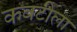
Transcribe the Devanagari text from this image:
कवटीला